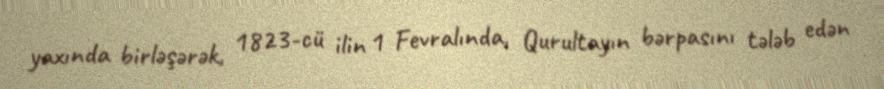
yaxında birləşərək, 1823-cü ilin 1 Fevralında, Qurultayın bərpasını tələb edən